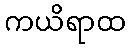
ကယိရာထ